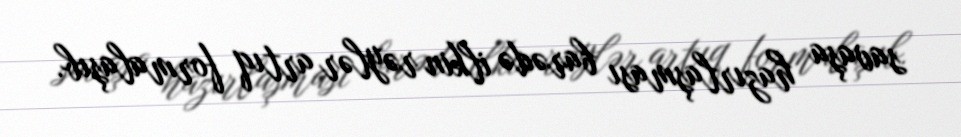
savaşa hazırlaşması barədə ilkin rəylər artıq formalaşıb.